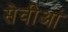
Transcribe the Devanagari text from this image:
सेवीआं